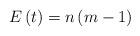
LaTeX: \begin{align*}E\left( t\right) =n\left( m-1\right)\end{align*}